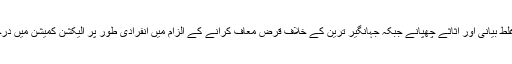
اسی طرح عمران خان پر غلط بیانی اور اثاثے چھپانے جبکہ جہانگیر ترین کے خلاف قرض معاف کرانے کے الزام میں انفرادی طور پر الیکشن کمیشن میں درخواستیں دائر کی گئی تھیں۔